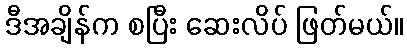
ဒီအချိန်က စပြီး ဆေးလိပ် ဖြတ်မယ်။